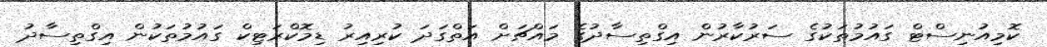
ކޮމިއުނިސްޓް ގައުމުތަކުގެ ސަރުކާރުން އިގްތިސާދުގެ މައްޗަށް އަތްގަދަ ކުރިއިރު ޑިމޮކްރަޓިކް ގައުމުތަކުން އިގްތިސާދު